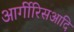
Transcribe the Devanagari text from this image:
आर्गीरिसआदि